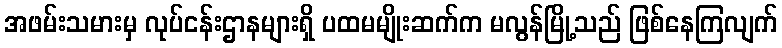
အဖမ်းသမားမှ လုပ်ငန်းဌာနများရှိ ပထမမျိုးဆက်က မလွန်မြို့သည် ဖြစ်နေကြလျက်